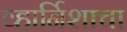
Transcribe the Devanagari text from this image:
व्हार्निशाचा